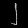
Digit: ၂